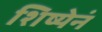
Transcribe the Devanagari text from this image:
शिष्येनं